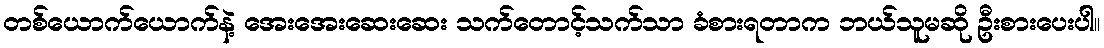
တစ်ယောက်ယောက်နဲ့ အေးအေးဆေးဆေး သက်တောင့်သက်သာ ခံစားရတာက ဘယ်သူမဆို ဦးစားပေးပါ။